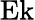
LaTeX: \textrm{Ek}